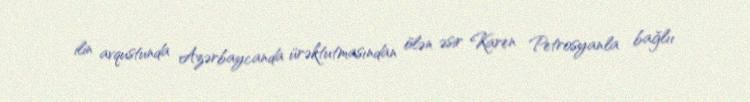
ilin avqustunda Azərbaycanda ürəktutmasından ölən əsir Karen Petrosyanla bağlıı